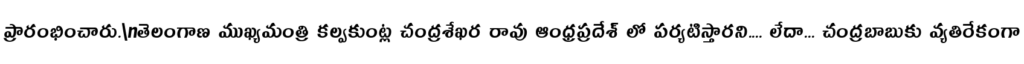
ప్రారంభించారు.\nతెలంగాణ ముఖ్యమంత్రి కల్వకుంట్ల చంద్రశేఖర రావు ఆంధ్రప్రదేశ్ లో పర్యటిస్తారని.... లేదా... చంద్రబాబుకు వ్యతిరేకంగా